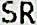
SR